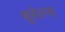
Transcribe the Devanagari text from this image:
बूसेल्स